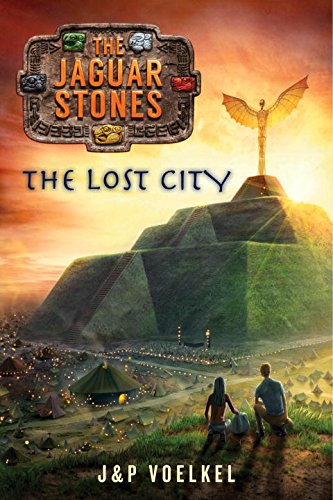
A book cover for The Jaguar Stones, Book Four: The Lost City; J&P Voelkel; Children's Books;